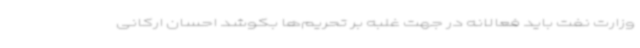
وزارت نفت باید فعالانه در جهت غلبه بر تحریم‌ها بکوشد احسان ارکانی